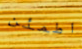
اطمئن